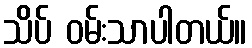
သိပ် ဝမ်းသာပါတယ်။